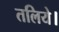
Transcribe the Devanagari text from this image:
तलिये।